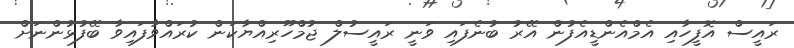
ރައީސް އޮފީހާއި އެމްއެންޑީއެފުން އޭރު ބުނެފައި ވަނީ ރައީސުލް ޖުމްހޫރިއްޔާކަން ކުރައްވާފައިވާ ބޭފުޅުންނަށް